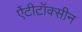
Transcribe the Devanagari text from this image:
ऐंटीटॉक्सीन